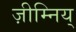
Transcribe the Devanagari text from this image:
ज़ीम्निय्